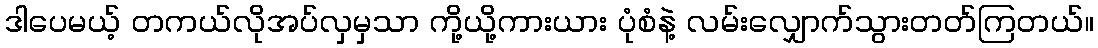
ဒါပေမယ့် တကယ်လိုအပ်လှမှသာ ကို့ယို့ကားယား ပုံစံနဲ့ လမ်းလျှောက်သွားတတ်ကြတယ်။